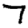
Digit: 7